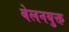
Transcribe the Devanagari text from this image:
बेलनयुक्त